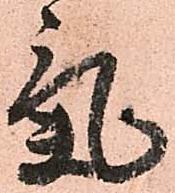
氣